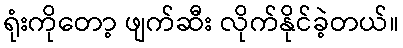
ရုံးကိုတော့ ဖျက်ဆီး လိုက်နိုင်ခဲ့တယ်။